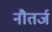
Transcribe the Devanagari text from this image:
नौतर्ज